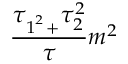
\frac { \tau _ { 1 ^ { ^ { 2 } } + } \tau _ { 2 } ^ { 2 } } { \tau } m ^ { 2 }